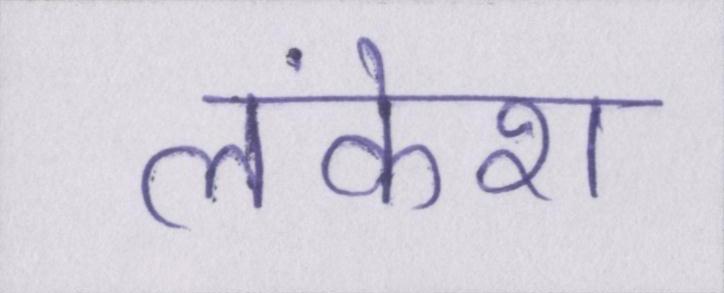
लंकेश